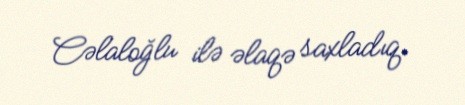
Cəlaloğlu ilə əlaqə saxladıq.